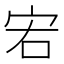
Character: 𡧣